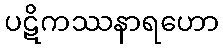
ပဋိကဿနာရဟော